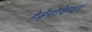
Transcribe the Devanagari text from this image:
हेर्ज़ेगोविन्याई